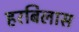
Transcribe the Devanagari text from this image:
हरबिलास